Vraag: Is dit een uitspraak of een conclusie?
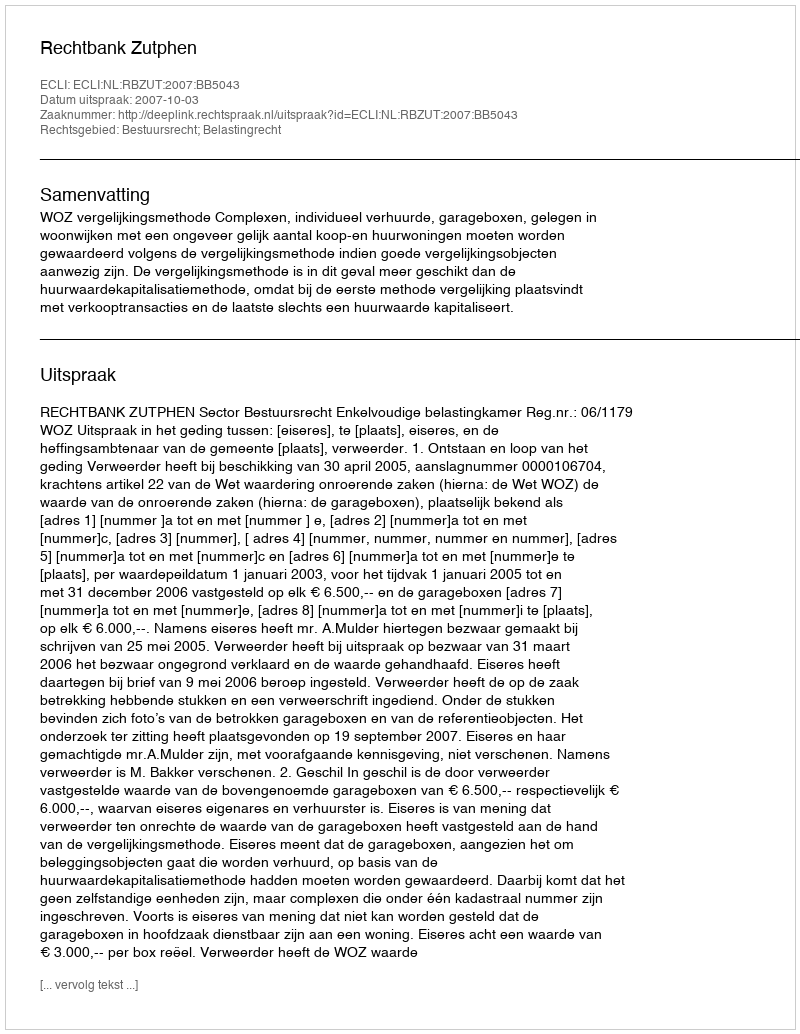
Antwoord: Uitspraak